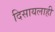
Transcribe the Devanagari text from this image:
दिसायलाही